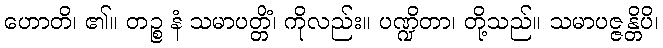
ဟောတိ၊ ၏။ တဉ္စ နံ သမာပတ္တိံ၊ ကိုလည်း။ ပဏ္ဍိတာ၊ တို့သည်။ သမာပဇ္ဇန္တိပိ၊